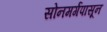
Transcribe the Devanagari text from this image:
सोनमर्गपासून